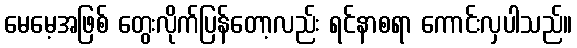
မေမေ့အဖြစ် တွေးလိုက်ပြန်တော့လည်း ရင်နာစရာ ကောင်းလှပါသည်။